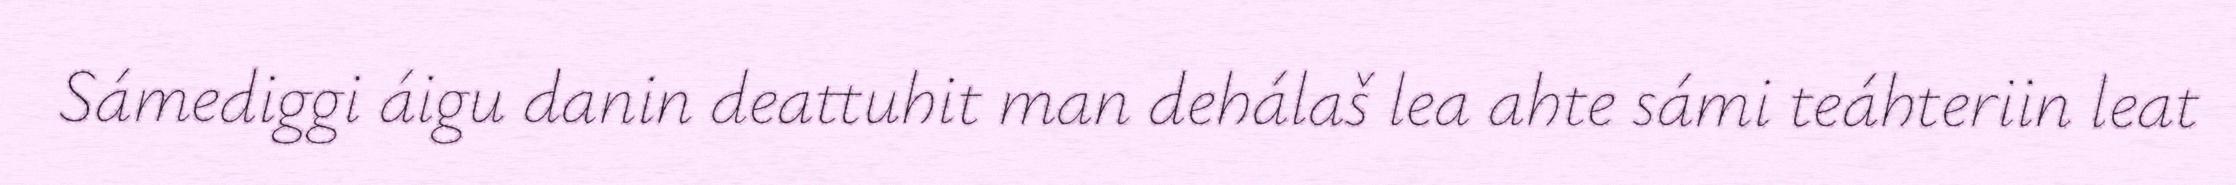
Sámediggi áigu danin deattuhit man dehálaš lea ahte sámi teáhteriin leat